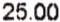
25.00